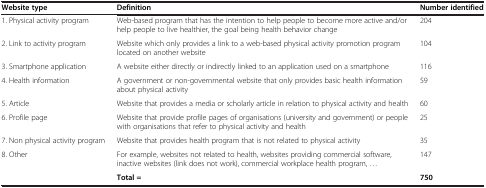
| Website type | Definition | Number identified |
 | --- | --- | --- |
 | 1. Physical activity program | Web-based program that has the intention to help people to become more active and/or help people to live healthier, the goal being health behavior change | 204 |
 | 2. Link to activity program | Website which only provides a link to a web-based physical activity promotion program located on another website | 104 |
 | 3. Smartphone application | A website either directly or indirectly linked to an application used on a smartphone | 116 |
 | 4. Health information | A government or non-governmental website that only provides basic health information about physical activity | 59 |
 | 5. Article | Website that provides a media or scholarly article in relation to physical activity and health | 60 |
 | 6. Profile page | Website that provide profile pages of organisations (university and government) or people with organisations that refer to physical activity and health | 25 |
 | 7. Non physical activity program | Website that provides health program that is not related to physical activity | 35 |
 | 8. Other | For example, websites not related to health, websites providing commercial software, inactive websites (link does not work), commercial workplace health program, ... | 147 |
 |  | Total = | 750 |